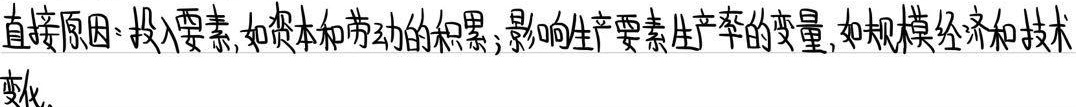
直接原因：投入要素，如资本和劳动的积累；影响生产要素生产率的变量，如规模经济和技术变化。